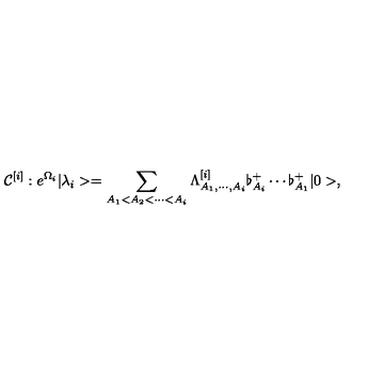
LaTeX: { \cal C } ^ { [ i ] } : e ^ { \Omega _ { i } } | \lambda _ { i } > = \sum _ { A _ { 1 } < A _ { 2 } < \cdots < A _ { i } } \Lambda _ { A _ { 1 } , \cdots , A _ { i } } ^ { [ i ] } \flat _ { A _ { i } } ^ { + } \cdots \flat _ { A _ { 1 } } ^ { + } | 0 > ,